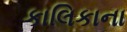
કાલિકાના